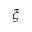
\xi